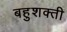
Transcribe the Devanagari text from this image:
बहुशक्ती